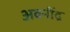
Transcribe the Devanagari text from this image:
अवनींद्र